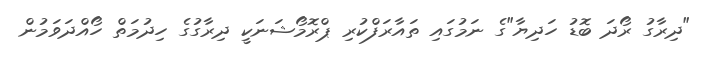
"ދިރާގު ރޯދަ ބޮޑު ހަދިޔާ"ގެ ނަމުގައި ތައާރަފްކުރި ޕްރޮމޯޝަނަކީ ދިރާގުގެ ހިދުމަތް ހޯއްދަވަމުން